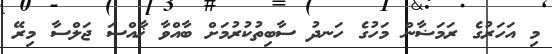
މި އަހަރުގެ ރަމަޟާން މަހުގެ ހަނދު ސާބިތުކުރުމަށް ބާއްވާ ޚާއްސަ ޖަލްސާ މިރޭ